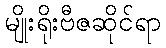
မျိုးရိုးဗီဇဆိုင်ရာ